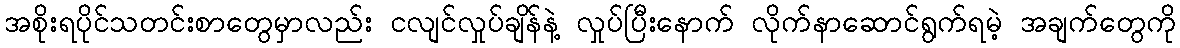
အစိုးရပိုင်သတင်းစာတွေမှာလည်း ငလျင်လှုပ်ချိန်နဲ့ လှုပ်ပြီးနောက် လိုက်နာဆောင်ရွက်ရမဲ့ အချက်တွေကို